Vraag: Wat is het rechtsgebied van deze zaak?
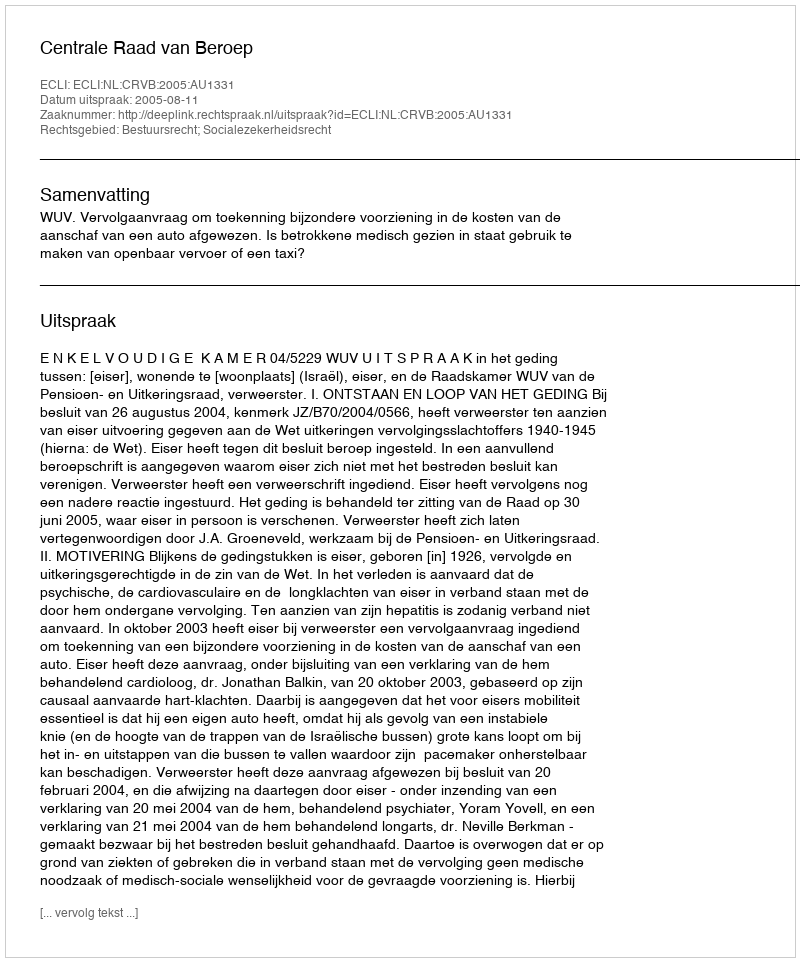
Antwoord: Bestuursrecht; Socialezekerheidsrecht